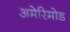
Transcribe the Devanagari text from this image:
अमेरिमोड